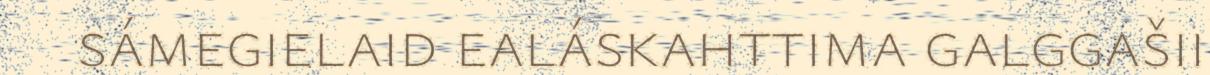
sámegielaid ealáskahttima galggašii